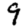
Digit: 9